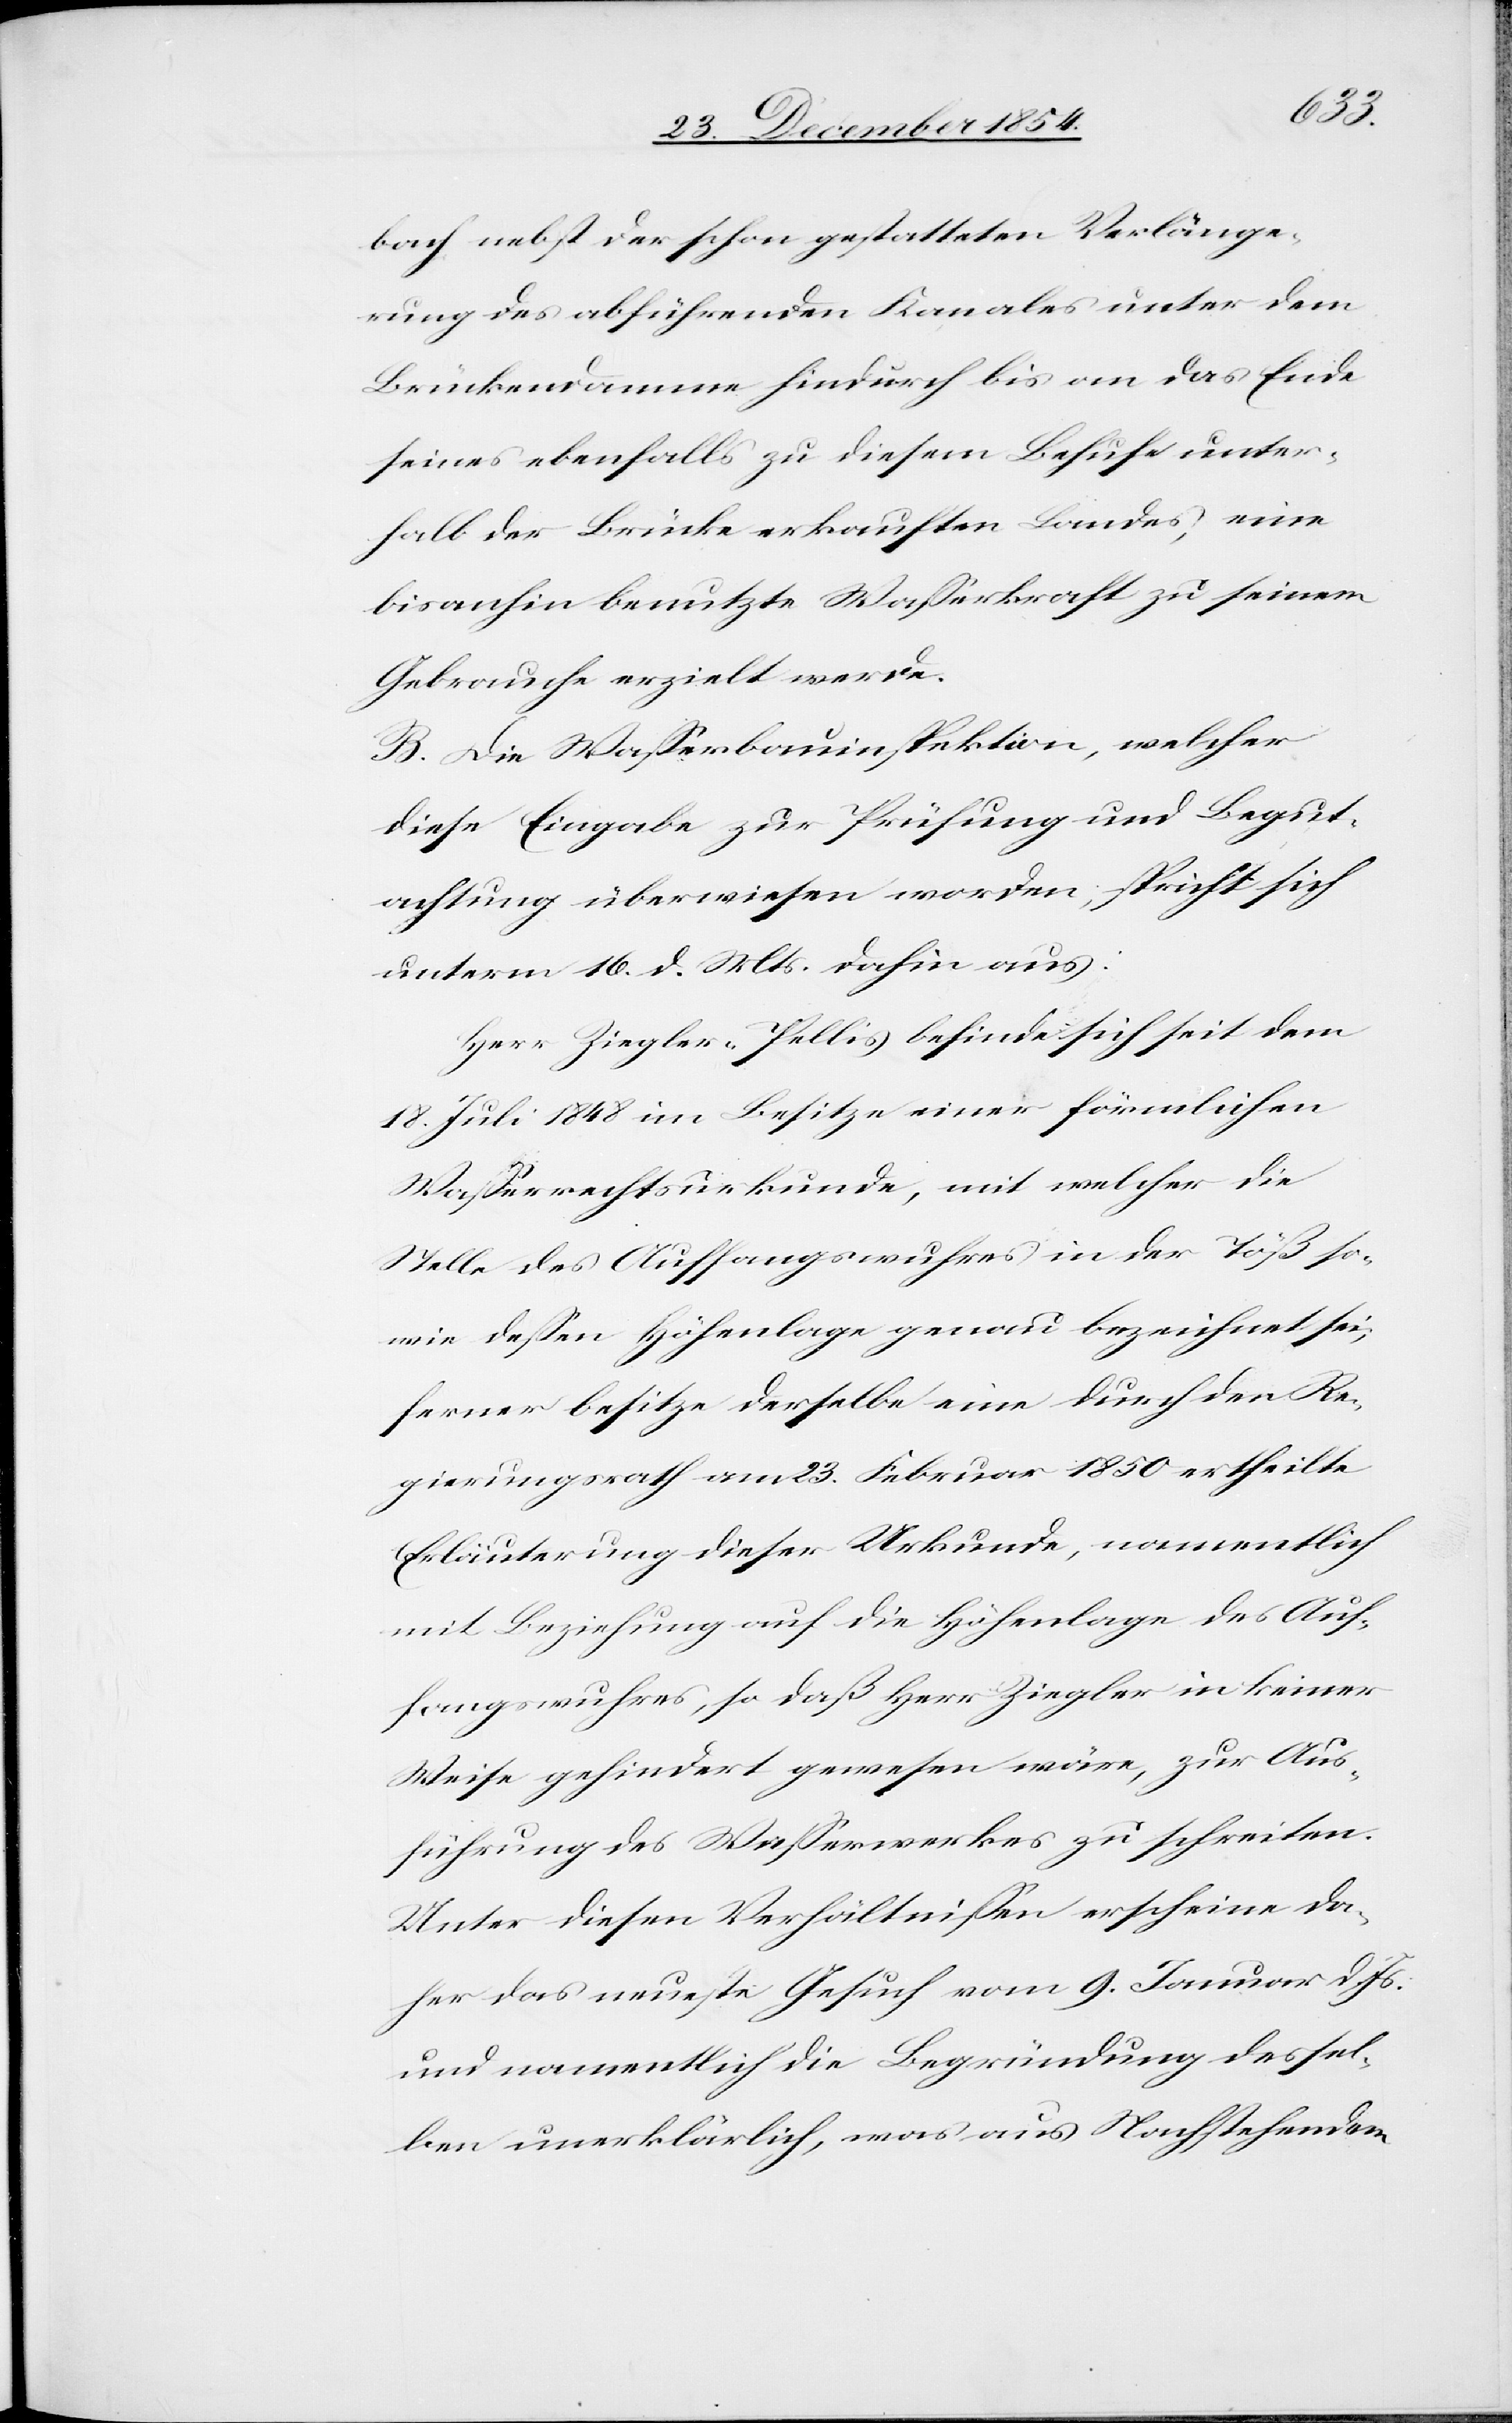
bach nebst der schon gestatteten Verlänge¬
rung des abführenden Kanales unter dem
Brückendamme hindurch bis an das Ende
seines ebenfalls zu diesem Behufe unter¬
halb der Brücke erkauften Landes, eine
bisanhin benutzte Waßerkraft zu seinem
Gebrauche erzielt werde.
B. Die Waßerbauinspektion, welcher
diese Eingabe zur Prüfung und Begut¬
achtung überwiesen worden, spricht sich
unterm 16. d. Mts. dahin aus:
Herr Ziegler-Pellis befinde sich seit dem
18. Juli 1848 im Besitze einer förmlichen
Waßerrechtsurkunde, mit welcher die
Stelle des Auffangswuhres in der Töß so¬
wie deßen Höhenlage genau bezeichnet sei,
ferner besitze derselbe eine durch den Re¬
gierungsrath am 23. Februar 1850 ertheilte
Erläuterung dieser Urkunde, namentlich
mit Beziehung auf die Höhenlage des Auf¬
fangswuhres, so daß Herr Ziegler in keiner
Weise gehindert gewesen wäre, zur Aus¬
führung des Waßerwerkes zu schreiten.
Unter diesen Verhältnißen erscheine da¬
her das neueste Gesuch vom 9. Januar d. Js.
und namentlich die Begründung dessel¬
ben unerklärlich, was aus Nachstehendem